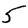
Digit: 5